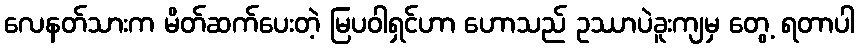
လေနတ်သားက မိတ်ဆက်ပေးတဲ့ မြပဝါရှင်ဟာ ဟောသည် ဥဿာပဲခူးကျမှ တွေ့ ရတာပါ